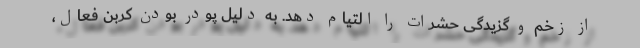
از زخم و گزیدگی حشرات را التیام دهد. به دلیل پودر بودن کربن فعال،